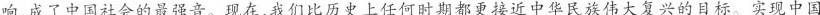
响，成了中国社会的最强音。现在，我们比历史上任何时期都更接近中华民族伟大复兴的目标。实现中国